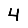
Digit: 4